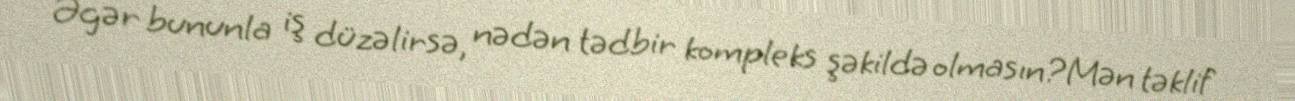
Əgər bununla iş düzəlirsə, nədən tədbir kompleks şəkildə olmasın?Mən təklif